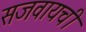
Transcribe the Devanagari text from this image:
सजवायची